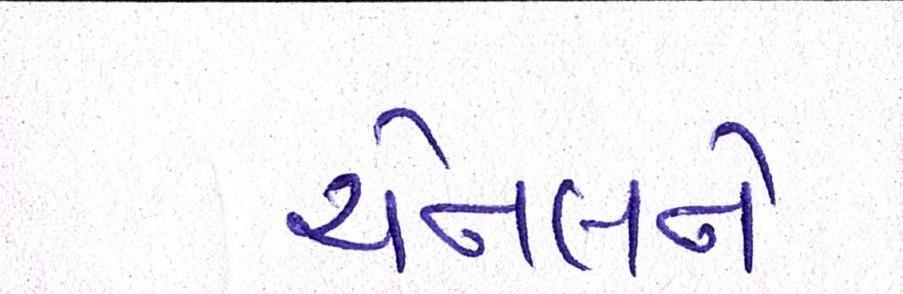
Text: ચેનલને